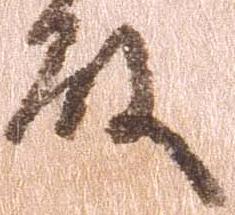
殿